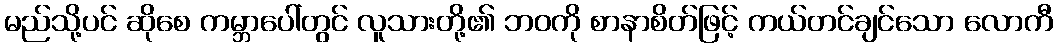
မည်သို့ပင် ဆိုစေ ကမ္ဘာပေါ်တွင် လူသားတို့၏ ဘဝကို စာနာစိတ်ဖြင့် ကယ်တင်ချင်သော လောကီ